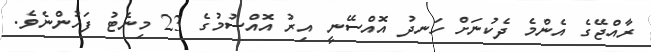
ރާއްޖޭގެ އެންމެ ދެކުނަށް ހަނދު އޮއްސޭނީ އިރު އޮއްސުމުގެ 23 މިނެޓު ފަހުންނެވެ.